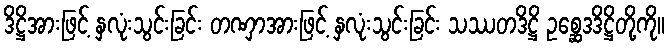
ဒိဋ္ဌိအားဖြင့် နှလုံးသွင်းခြင်း တဏှာအားဖြင့် နှလုံးသွင်းခြင်း သဿတဒိဋ္ဌိ ဥစ္ဆေဒဒိဋ္ဌိတို့ကို။